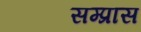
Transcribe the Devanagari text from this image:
सम्प्रास